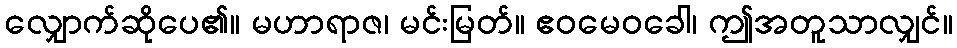
လျှောက်ဆိုပေ၏။ မဟာရာဇ၊ မင်းမြတ်။ ဧဝမေဝခေါ၊ ဤအတူသာလျှင်။